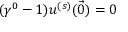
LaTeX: ( \gamma ^ { 0 } - 1 ) u ^ { ( s ) } ( { \vec { 0 } } ) = 0